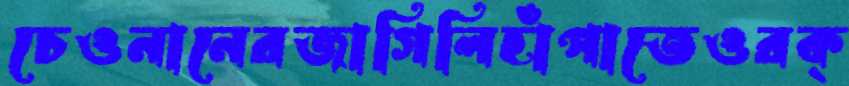
চেওনানেরজাগিলিহাঁপাতেওরক্